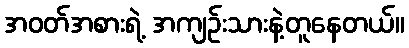
အဝတ်အစားရဲ့ အကျဉ်းသားနဲ့တူနေတယ်။